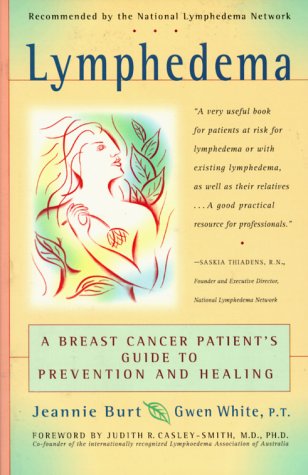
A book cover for Lymphedema: A Breast Cancer Patient's Guide to Prevention and Healing; Jeannie Burt; Health, Fitness & Dieting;